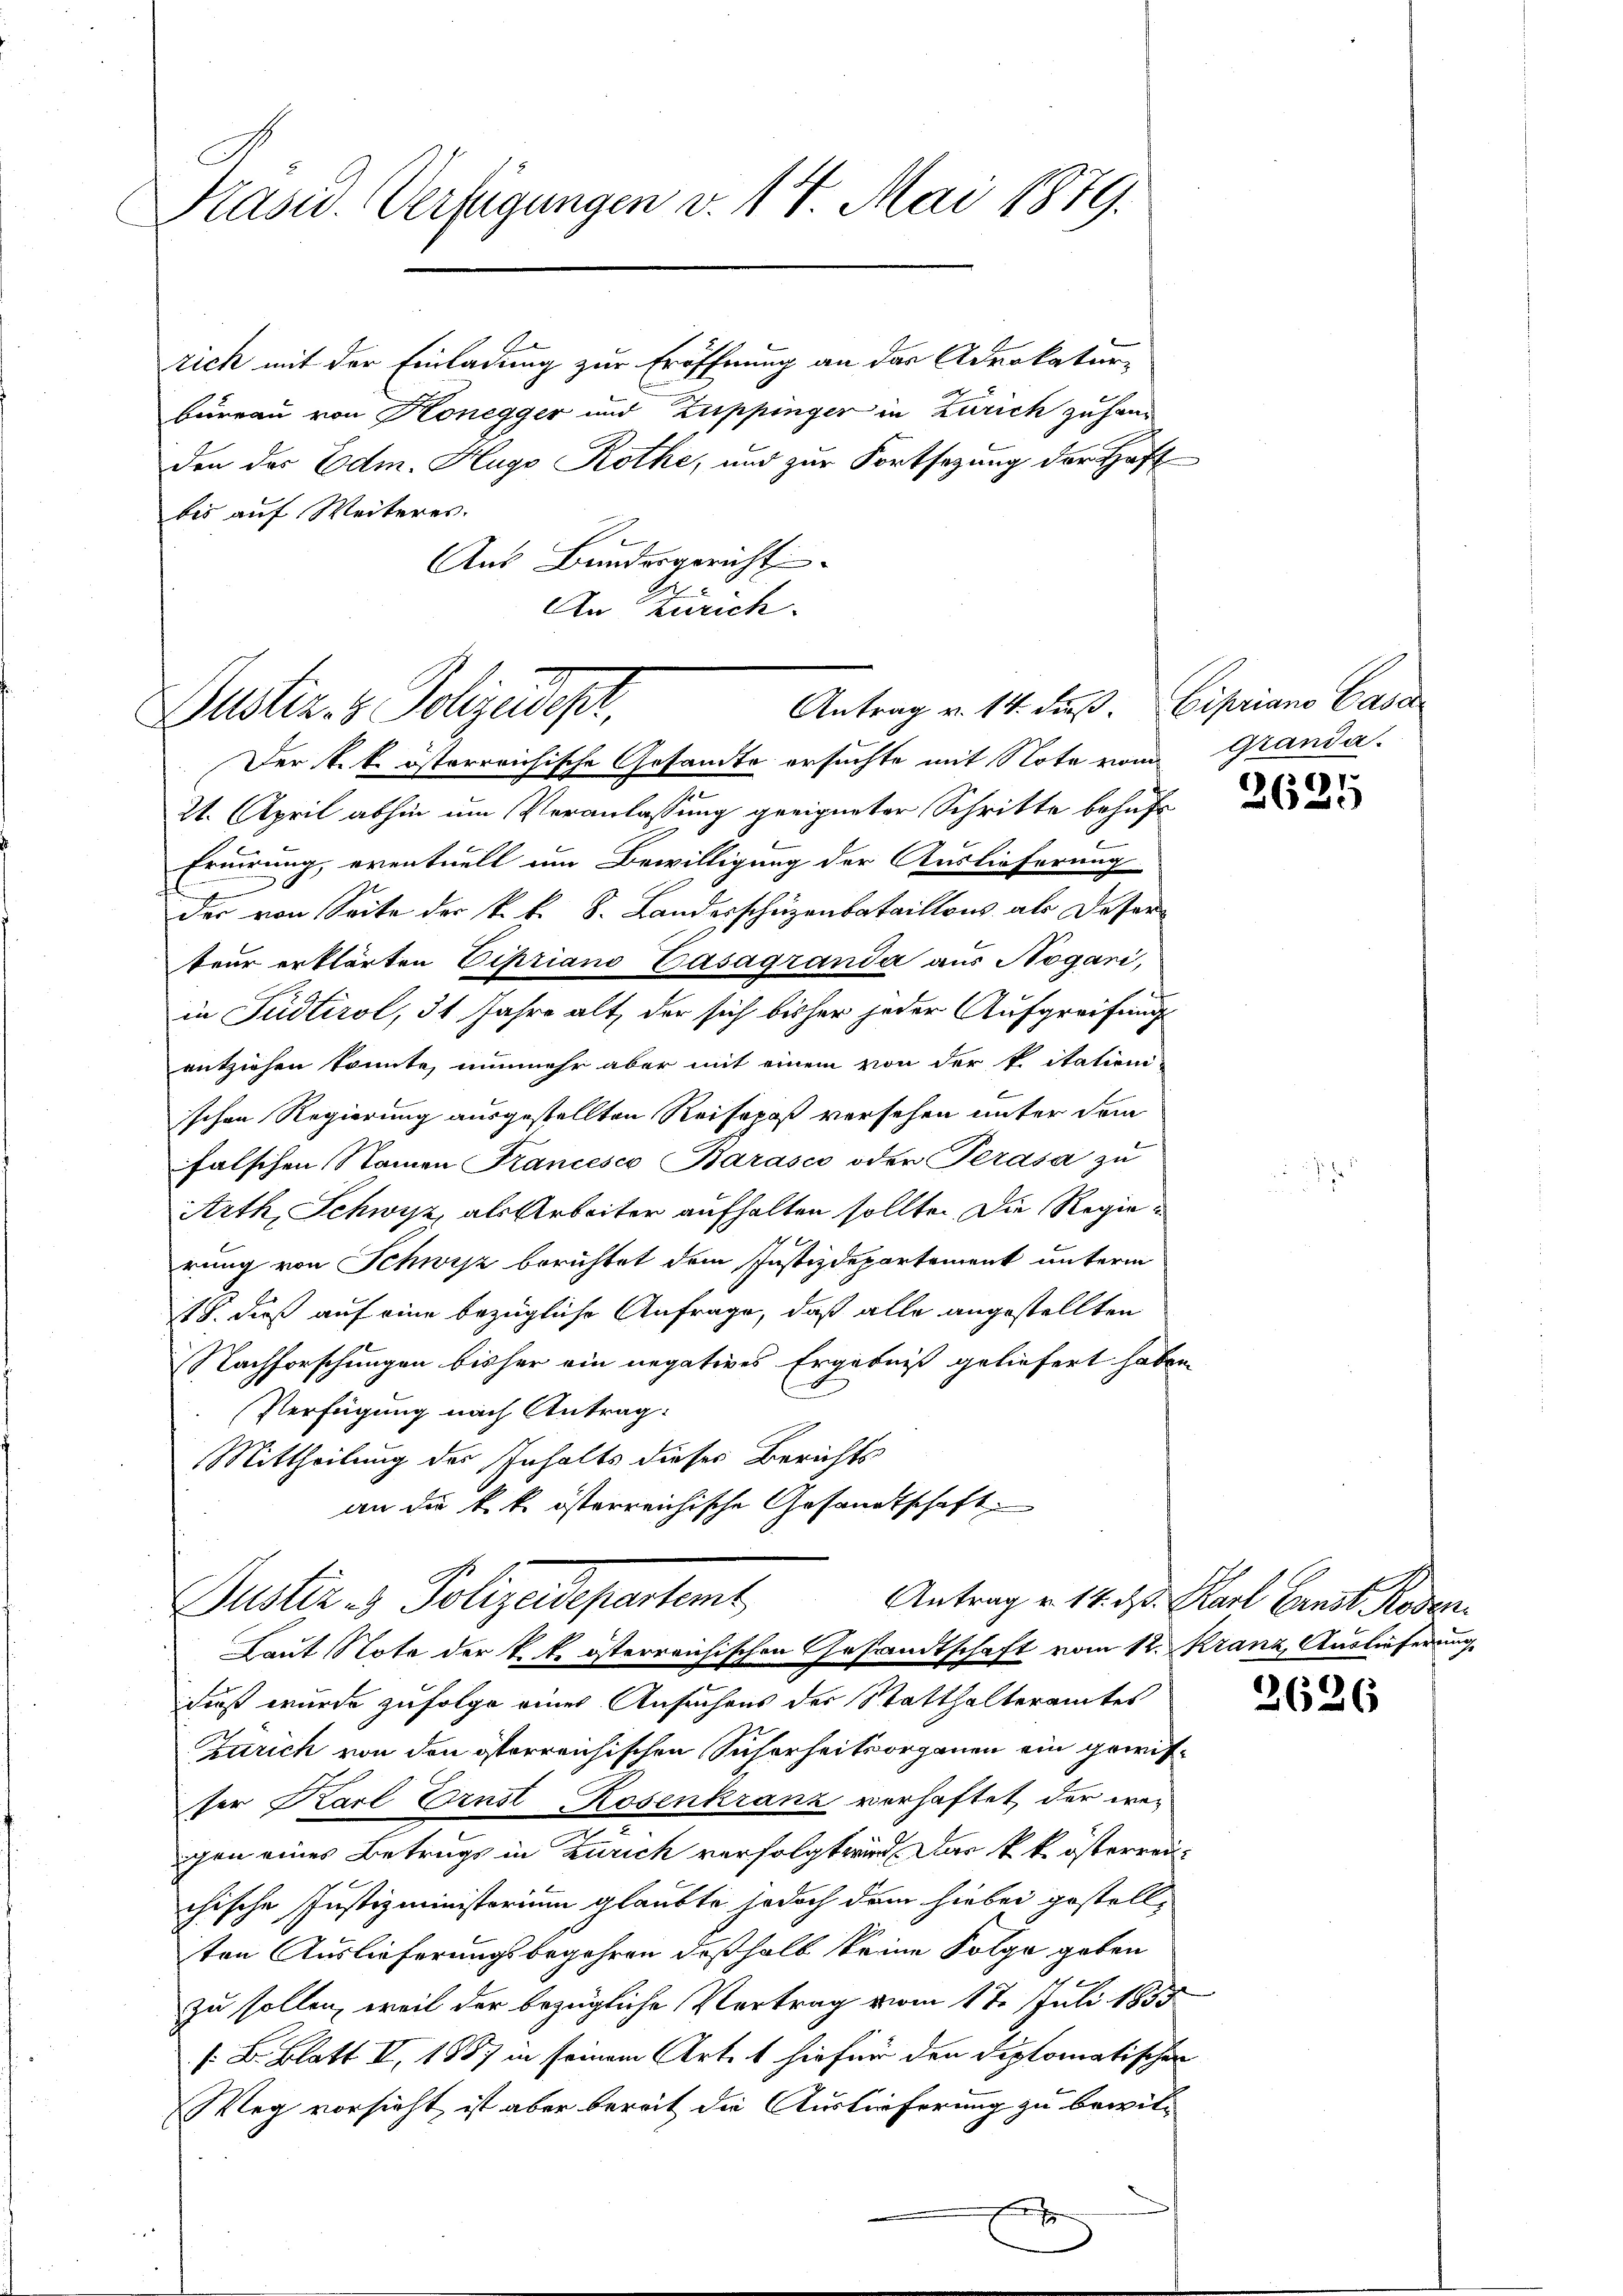
Krasid. Verfügungen v. 17. Mai 1879.

rich mit der Einladung zur Eröffnung an das Advokatur-
bureau von Konegger und Zuppinger in Zürich zu handen des Edm. Hugo Rothe, und zur Fortsetzung der Haft
bis auf Weiteres.
e
Aus Bundesgericht
A
An Zürich.

Antrag v. 14. dβ. Cipriano Gasa
Justiz- & Polizeidept,

Der k.k. österreichische Gesandte ersuchte mit Note von Granda-
21. April abhin um Veranlassung geeigneter Schritte behufs
Eruirung, eventuell um Bewilligung der Auslieferung
der von Seite der k.k. S. Landesschuzenbataillons als Deserteur erklärten Cipriano Gasagranda aus Nogari,
in Judtirol, 31 Jahre alt, der sich bisher jeder Aufgreifungs
entziehen konnte, nunmehr aber mit einem von der Pitationi
schen Regierung ausgestellten Reisepaß versehen unter dem
falschen Namen Francesco Barasco oder Terasa zŭ
Arth, Schwyz als Arbeiter aufhalten sollte. Die Regierung von Schwisz berichtet dem Justizdepartement unterm
118. daß auf eine bezügliche Anfrage, daß alle angestellten
Nachforschungen bisher ein negatives Ergebniß geliefert haben.
Verfügung nach Antrag:
Mittheilung der Inhalts dieses Berichts
an die k.k. österreichische Gesandtschaft
Antrag u. 14. d. Karl Gunst Roden
Justiz & Polizeidepartent
Laut Note der k. k. österreichischen Gesandtschaft vom 12. kranz, Auslieferung
Fieß wurde zufolge eines Ansuchens der Statthalteramtes
Zürich von den österreichischen Sicherheitsorganen ein gewisser Karl Ernst Rosenkranz verhaftet, der weggen eines Betrugs in Zürich verfolgt wird. Das k. k. österreichische Justizministerium glaubte jedoch dem hiebei gestell-
ten Auslieferungsbegehren deßhalb keine Folge geben
e
zu sollen, weil der bezügliche Vertrag vom 17. Juli 1855
/B. Blatt II, 1857 in seinem Artet hiefür den Diplomatischen
Weg vorsicht, ist aber bereit die Auslieferung zu bewil¬

612
2620

2626